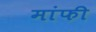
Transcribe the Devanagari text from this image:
मांफी